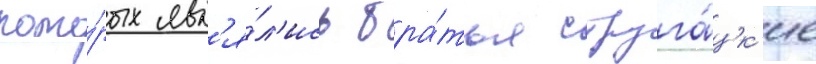
кото́рых явл'я́л'ись бра́тья струга́цк'ие